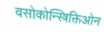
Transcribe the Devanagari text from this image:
वसोकोन्स्त्रिक्तिओन